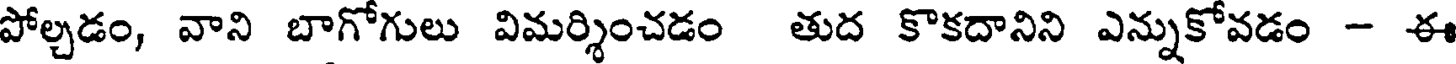
పోల్చడం, వాని బాగోగులు విమర్శించడం తుద కొకదానిని ఎన్నుకోవడం - ఈ